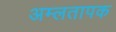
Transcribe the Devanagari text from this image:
अम्लतापक